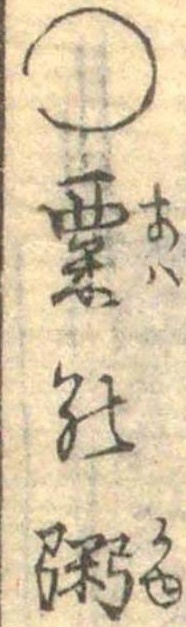
◯粟の粥